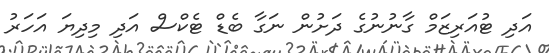
އަދި ޓުއަރިޒަމް ގާނުނުގެ ދަށުން ނަގާ ބެޑް ޓެކްސް އަދި މިދިޔަ އަހަރު